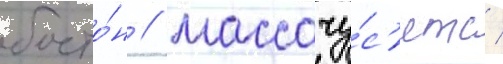
босто́н / массачу́с'етс /